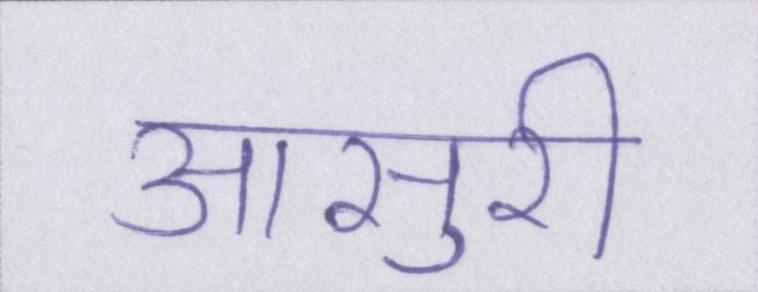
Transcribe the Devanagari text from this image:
आसुरी